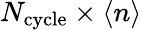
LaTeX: N_{\mathrm{cycle}}\times\langle n\rangle